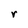
Character: r